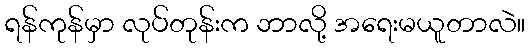
ရန်ကုန်မှာ လုပ်တုန်းက ဘာလို့ အရေးမယူတာလဲ။